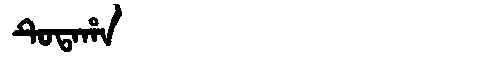
Manchu: ᡨᡠᡨᠠᡥᠠ
Romanization: TUTAHA